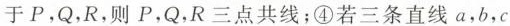
于P，Q，R，则P，Q，R三点共线；④若三条直线a，b，c